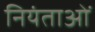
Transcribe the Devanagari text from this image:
नियंताओं